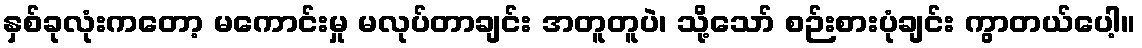
နှစ်ခုလုံးကတော့ မကောင်းမှု မလုပ်တာချင်း အတူတူပဲ၊ သို့သော် စဉ်းစားပုံချင်း ကွာတယ်ပေါ့။